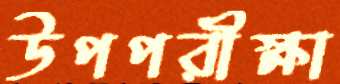
উপপরীক্ষা